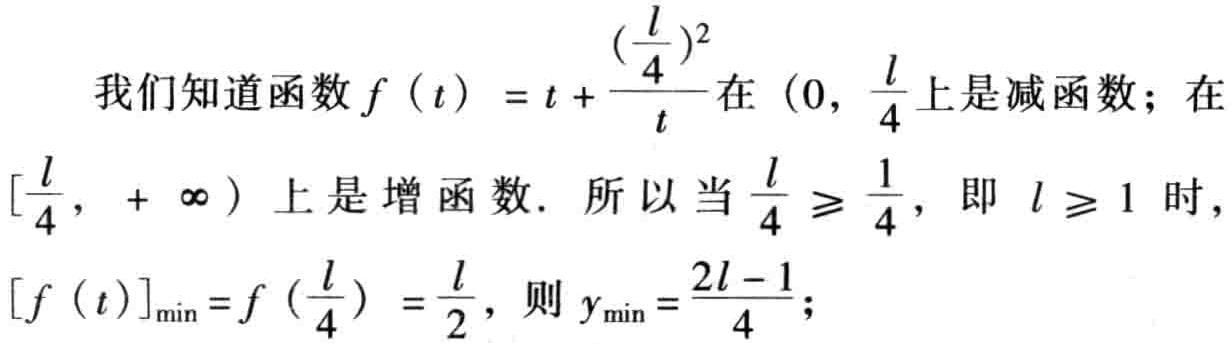
我们知道函数\(f(t)=t + \frac{(\frac{l}{4})^{2}}{t}\)在\((0, \frac{l}{4}]\)上是减函数；在\([\frac{l}{4}, +\infty)\)上是增函数. 所以当\(\frac{l}{4} \geqslant \frac{1}{4}\)，即 \(l \geqslant 1\) 时，\([f(t)]_{\min}=f(\frac{l}{4})=\frac{l}{2}\)，则 \(y_{\min}=\frac{2l - 1}{4}\)；